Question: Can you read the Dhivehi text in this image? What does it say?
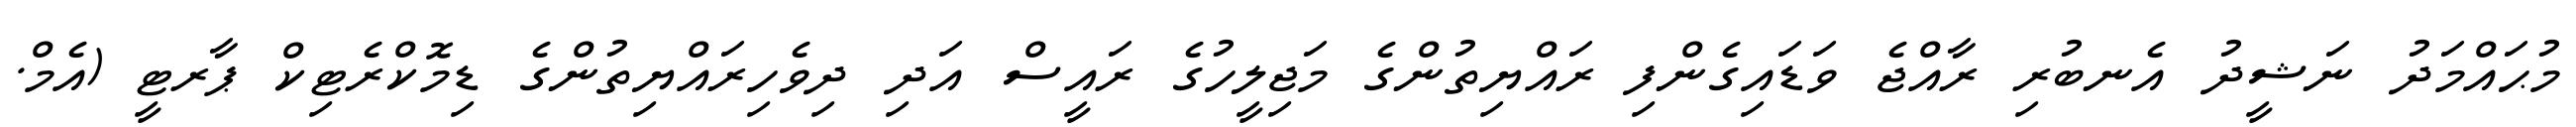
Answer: މުޙައްމަދު ނަޝީދު އެނބުރި ރާއްޖެ ވަޑައިގެންފި ރައްޔިތުންގެ މަޖިލީހުގެ ރައީސް އަދި ދިވެހިރައްޔިތުންގެ ޑިމޮކްރެޓިކް ޕާރޓީ (އެމް.